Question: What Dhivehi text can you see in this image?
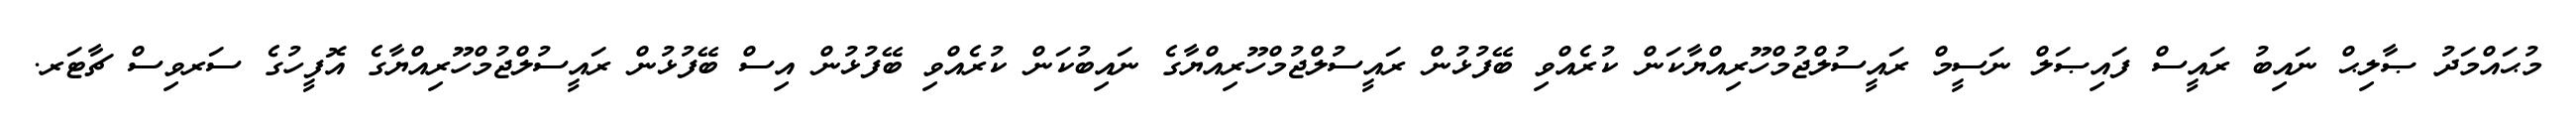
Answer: މުޙައްމަދު ޞާލިޙް ނައިބު ރައީސް ފައިޞަލް ނަސީމް ރައީސުލްޖުމްހޫރިއްޔާކަން ކުރެއްވި ބޭފުޅުން ރައީސުލްޖުމްހޫރިއްޔާގެ ނައިބުކަން ކުރެއްވި ބޭފުޅުން އިސް ބޭފުޅުން ރައީސުލްޖުމްހޫރިއްޔާގެ އޮފީހުގެ ސަރވިސް ޗާޓަރ.